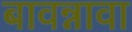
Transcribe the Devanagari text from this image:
बावन्नावा